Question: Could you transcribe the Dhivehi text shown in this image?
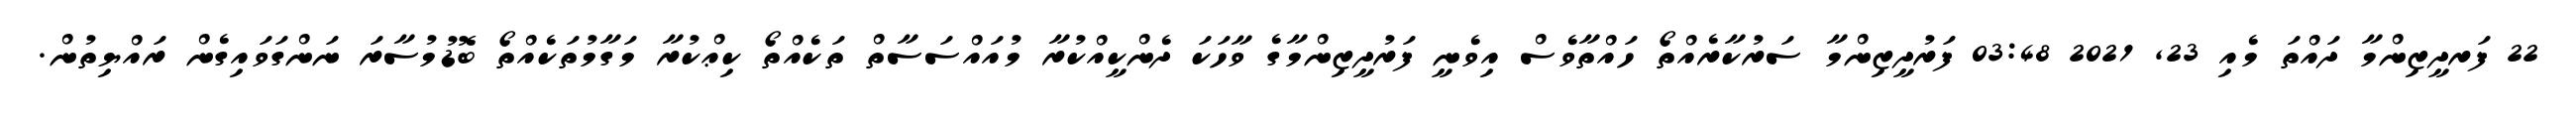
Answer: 22 ފަރދީޒިންމާ ދައްތަ މެއި 23, 2021 03:48 ފަރުދީޒިންމާ ސަރުކާރެއްތޯ ހައްތާވެސް އިވެނީ ފަރުދީޒިންމާގެ ވާހަކަ ދެންކީއްކުރާ މުއައްސަސާތް ތަކެއްތޯ ކިޢްކުރާ މަގާމުތަކެއްތޯ ބޮޑުމުސާރަ ނަންގަވައިގެން ރައްޔިތުން.